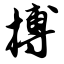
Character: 搏